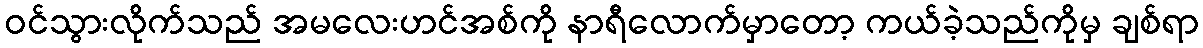
ဝင်သွားလိုက်သည် အမလေးဟင်အစ်ကို နာရီလောက်မှာတော့ ကယ်ခဲ့သည်ကိုမှ ချစ်ရာ